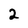
Character: 2